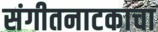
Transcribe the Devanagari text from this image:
संगीतनाटकाचा